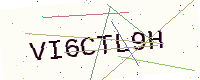
Text: VI6CTL9H